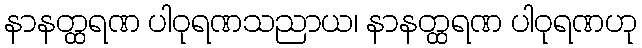
နာနတ္ထရဏ ပါဝုရဏသညာယ၊ နာနတ္ထရဏ ပါဝုရဏဟု